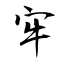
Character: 牢